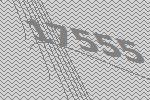
17555